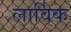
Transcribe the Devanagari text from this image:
लार्विक